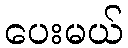
ပေးမယ်